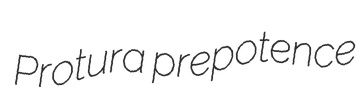
Protura prepotence